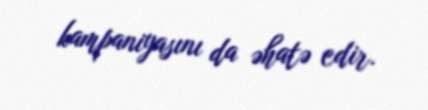
kampaniyasını da əhatə edir.